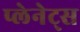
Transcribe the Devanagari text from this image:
प्लेनेट्स